Leningradi_Edasi_toimetus, lk 104
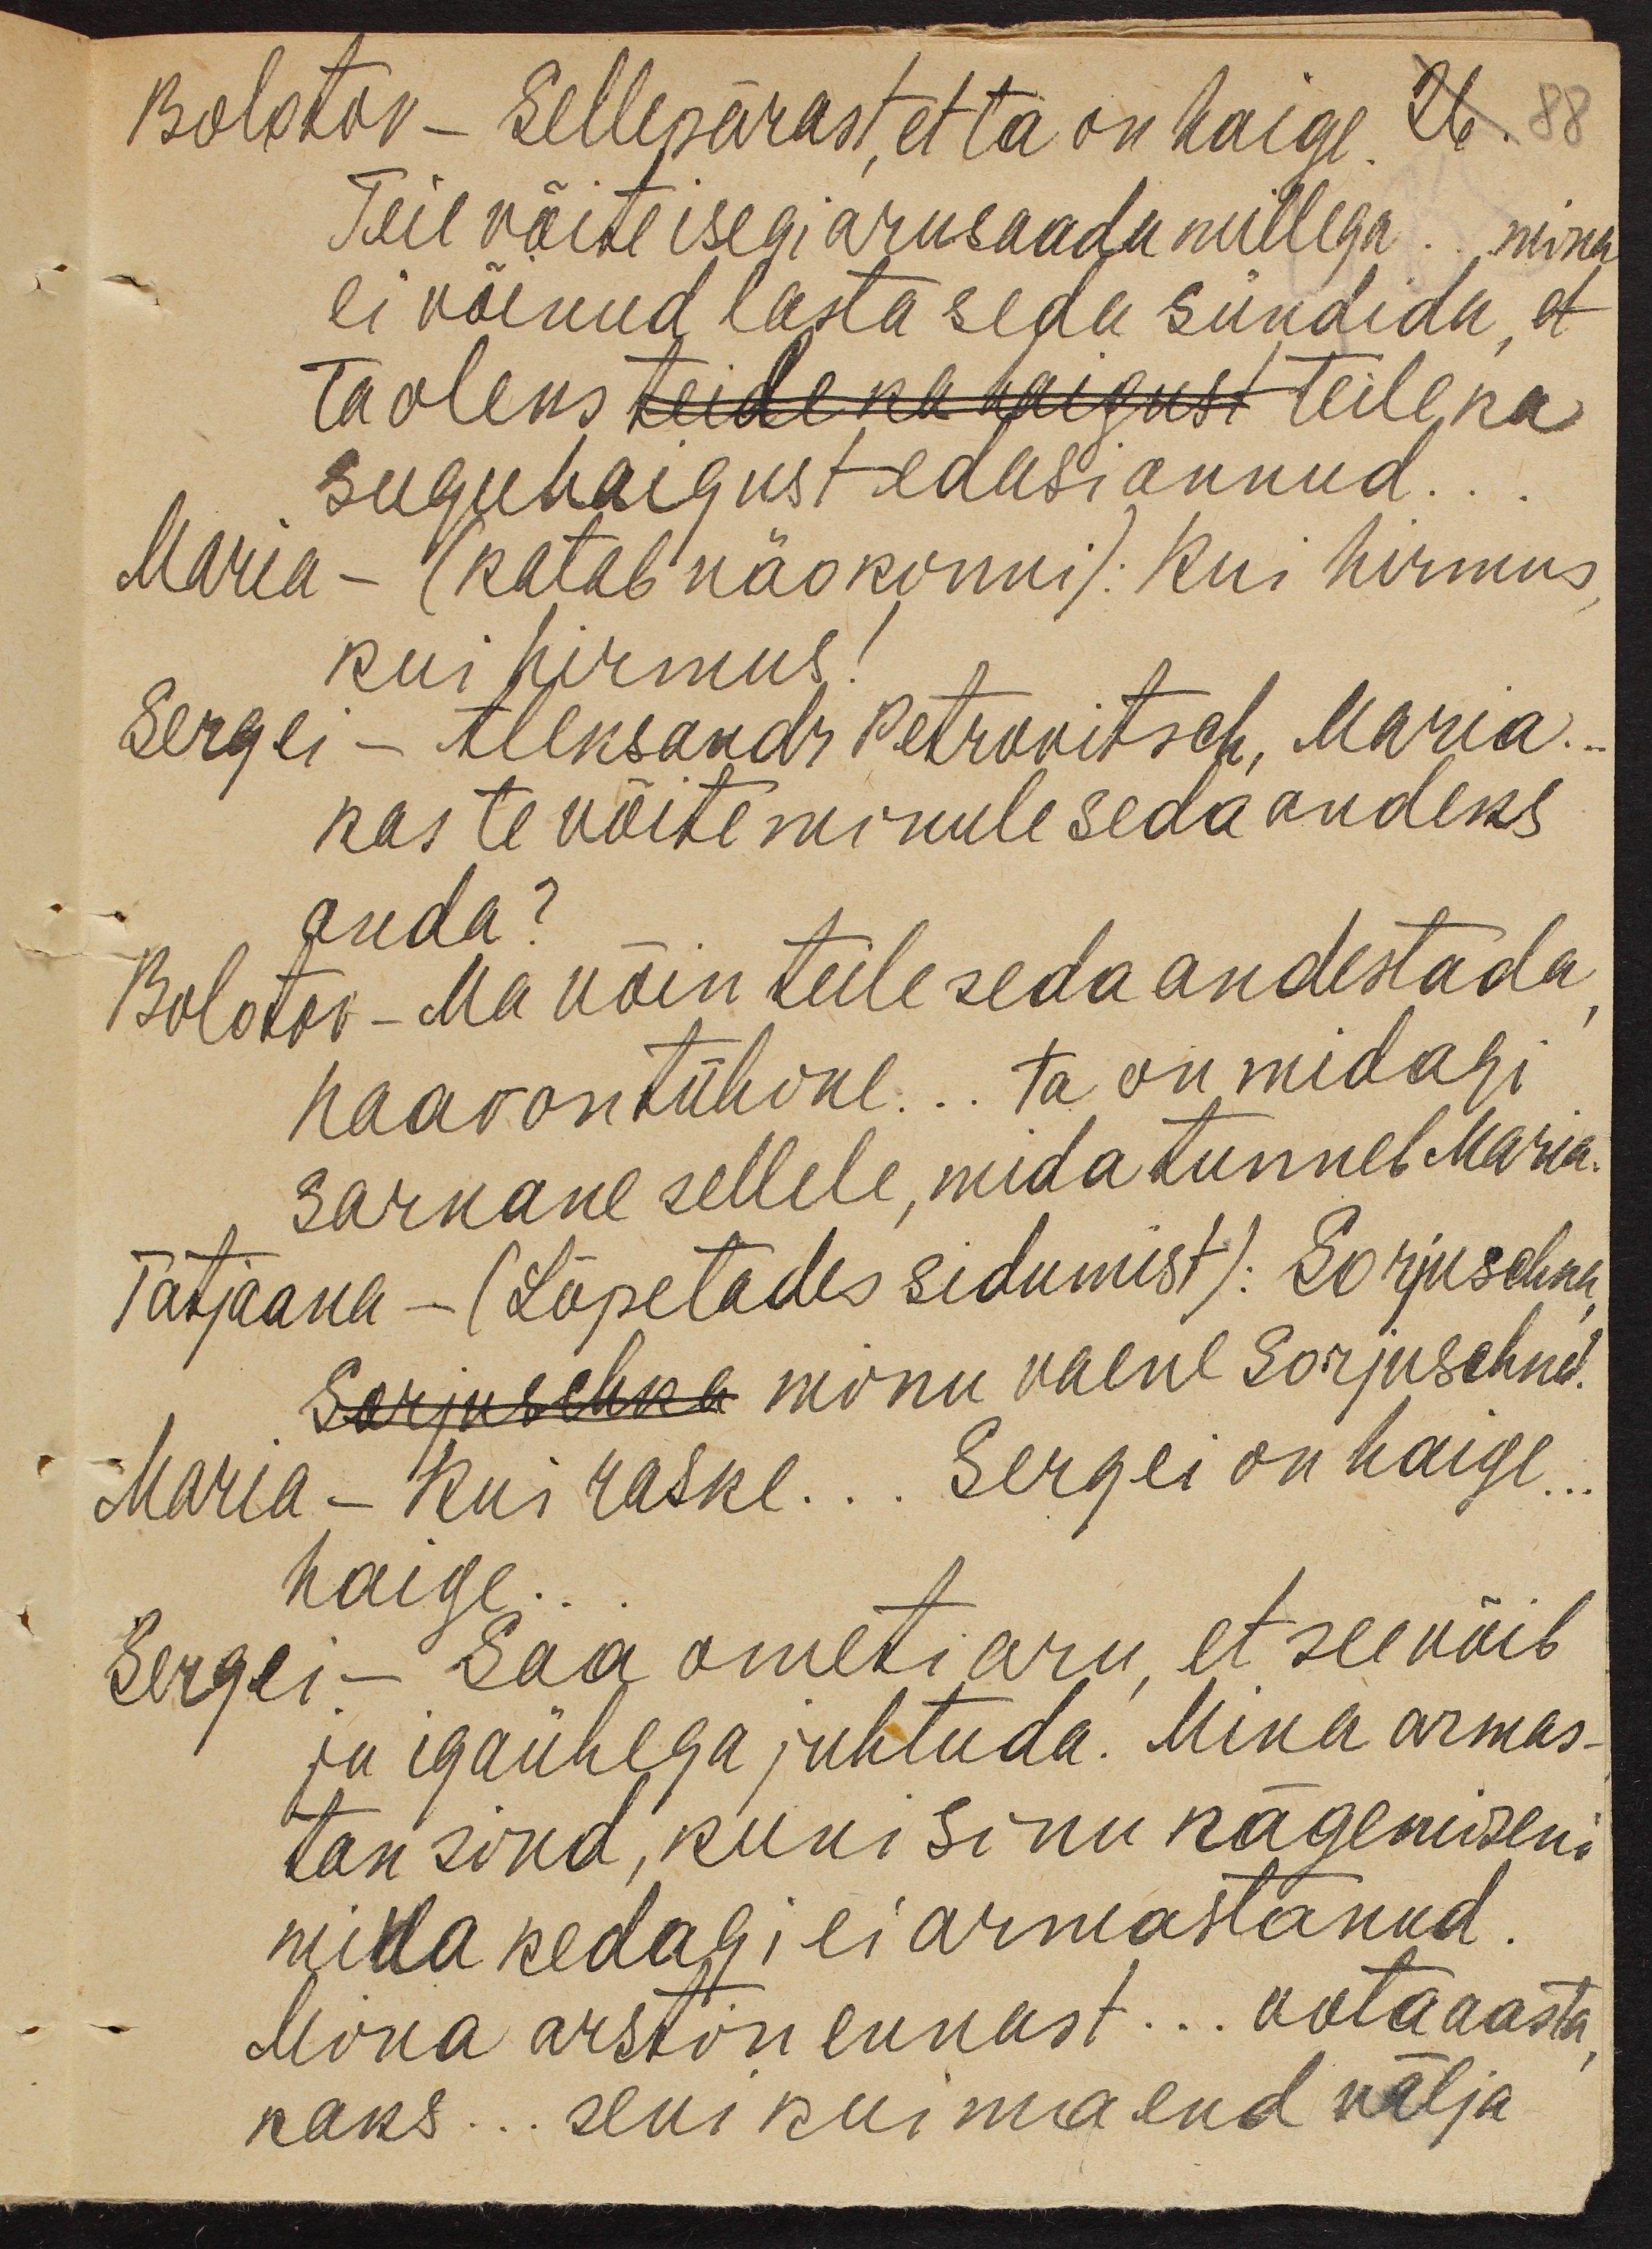
Bolotov - Sellepärast, et ta on haige. 26. 88
Teie võite isegi arusaada millega ... mina
ei võinud lasta seda sündida, et
ta oleks teile ka haigust teile ka
suguhaigust edasi annud.
Maria - (katab näo kinni): Kui hirmus
kui hirmus!
Sergei - Aleksandr Petrovitsch, Maria..
Kas te võite minule seda andeks
anda?
Bolotov - Ma võin teile seda andestada
haav on tühine... ta on midagi
sarnane sellele, mida tunneb Maria.
Tatjaana - (Lõpetades sidumist): Sorjuschna
Sorjuschka minu vaene Sorjuschna.
Maria - Kui raske... Sergei on haige...
haige.
Sergei - Saa ometi aru, et see võib
ju igaühega juhtuda. Mina armas-
tan sind, kuni sinu nägemiseni
mina kedagi ei armastanud.
Mina arstin ennast... oota aasta
kaks... seni kui ma end välja